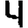
Digit: 4